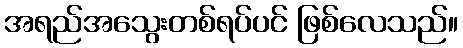
အရည်အသွေးတစ်ရပ်ပင် ဖြစ်လေသည်။